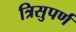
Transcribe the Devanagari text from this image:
त्रिसुपर्ण